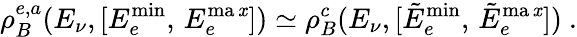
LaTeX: \rho_{B}^{e,a}(E_{\nu},[E_{e}^{\operatorname*{min}},\, E_{e}^{\operatorname*{ma\mathit{x}}}])\simeq\rho_{B}^{c}(E_{\nu},[\tilde{{E}}_{e}^{\operatorname*{min}},\, \tilde{{E}}_{e}^{\operatorname*{ma\mathit{x}}}])\ .